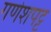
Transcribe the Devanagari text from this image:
गणेशपट्ट